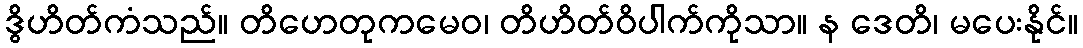
ဒွိဟိတ်ကံသည်။ တိဟေတုကမေဝ၊ တိဟိတ်ဝိပါက်ကိုသာ။ န ဒေတိ၊ မပေးနိုင်။